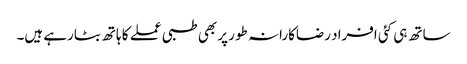
ساتھ ہی کئی افراد رضاکارانہ طور پر بھی طبی عملے کا ہاتھ بٹارہے ہیں۔